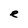
Character: e